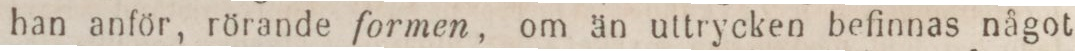
han anför, rörande formen, om än uttrycken befinnas något